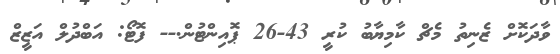
ވާދަކޮށް ޒެނިތު މެޗް ކާމިޔާބު ކުރީ 43-26 ޕޮއިންޓުން.-- ފޮޓޯ: އަބްދުލް އަޒީޒް